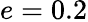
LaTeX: e=0.2